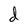
Character: d